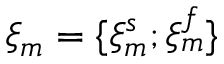
\xi _ { m } = \{ \xi _ { m } ^ { s } ; \xi _ { m } ^ { f } \}